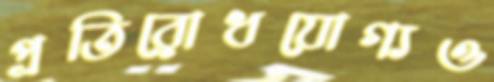
প্রতিরোধযোগ্যও